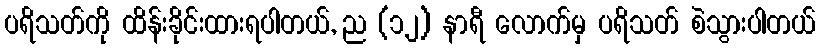
ပရိသတ်ကို ထိန်းခိုင်းထားရပါတယ်, ည (၁၂) နာရီ လောက်မှ ပရိသတ် စဲသွားပါတယ်